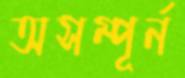
অসম্পূর্ন